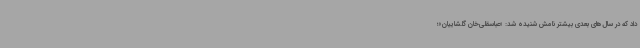
داد که در سال‌های بعدی بیشتر نامش شنیده شد: «عباسقلی‌خان گلشاییان»؛